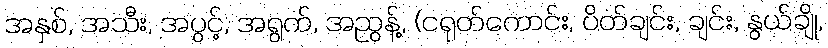
အနှစ်, အသီး, အပွင့်, အရွက်, အညွန့်, (ငရုတ်ကောင်း, ပိတ်ချင်း, ချင်း, နွယ်ချို,